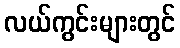
လယ်ကွင်းများတွင်